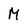
Character: M